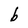
Character: b